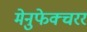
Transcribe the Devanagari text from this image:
मेनुफेक्चरर